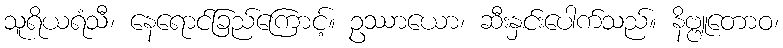
သူရိယရံသီ၊ နေရောင်ခြည်ကြောင့်။ ဥဿာယော၊ ဆီးနှင်းပေါက်သည်။ နိဗ္ဗူတောဝ၊